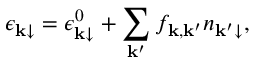
\epsilon _ { \mathbf k \downarrow } = \epsilon _ { \mathbf k \downarrow } ^ { 0 } + \sum _ { \mathbf k ^ { \prime } } f _ { \mathbf k , \mathbf k ^ { \prime } } n _ { \mathbf k ^ { \prime } \downarrow } ,